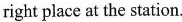
right place at the station